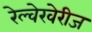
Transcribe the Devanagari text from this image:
रेल्वेखेरीज